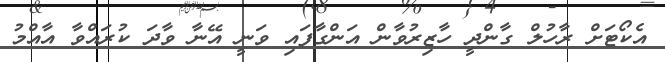
އެކޯޓަށް ރާހުލް ގާންދީ ހާޒިރުވާން އަންގާފައި ވަނީ އޭނާ ވާދަ ކުރައްވާ އާއްމު